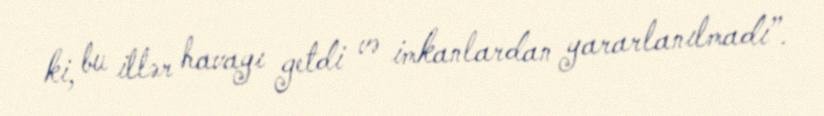
ki, bu illər havayı getdi və imkanlardan yararlanılmadı”.